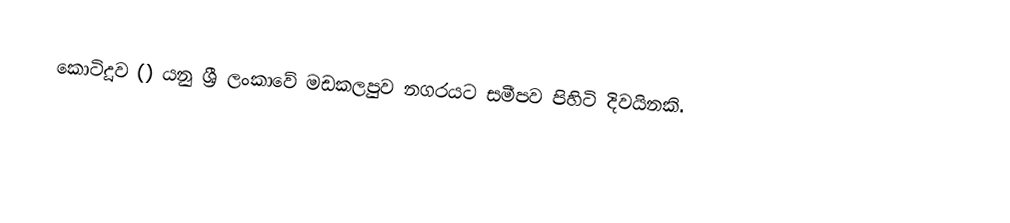
කොටිදූව () යනු ශ්‍රී ලංකාවේ මඩකලපුව නගරයට සමීපව පිහිටි දිවයිනකි.